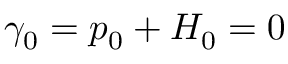
\gamma _ { 0 } = p _ { 0 } + H _ { 0 } = 0